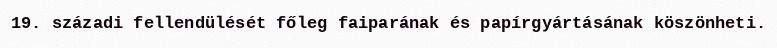
19. századi fellendülését főleg faiparának és papírgyártásának köszönheti.